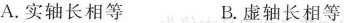
A. 实轴长相等 B.虚轴长相等